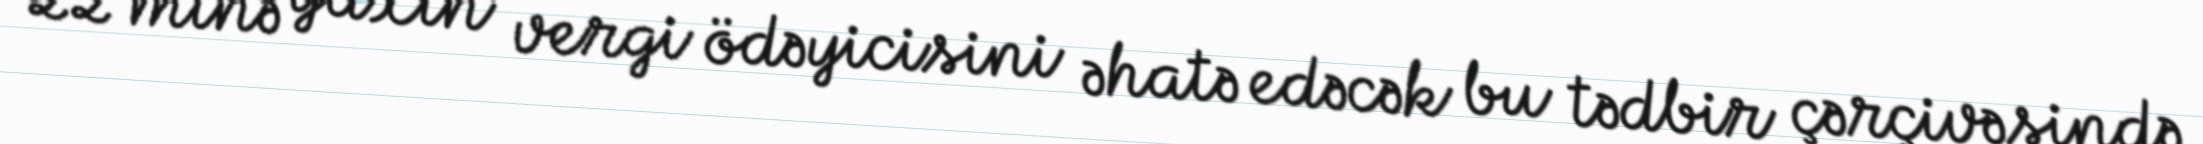
22 minə yaxın vergi ödəyicisini əhatə edəcək bu tədbir çərçivəsində